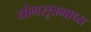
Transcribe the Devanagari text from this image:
योगसूत्रभाष्य